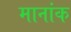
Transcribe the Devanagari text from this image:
मानांक